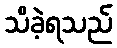
သိခဲ့ရသည်